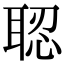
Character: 𦖆